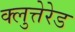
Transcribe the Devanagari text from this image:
क्लुत्तेरेड